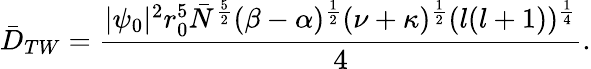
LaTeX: \bar{D}_{TW}=\frac{|\psi_{0}|^{2}r_{0}^{5}\bar{N}^{\frac{5}{2}}(\beta-\alpha)^{\frac{1}{2}}(\nu+\kappa)^{\frac{1}{2}}(l(l+1))^{\frac{1}{4}}}{4}.